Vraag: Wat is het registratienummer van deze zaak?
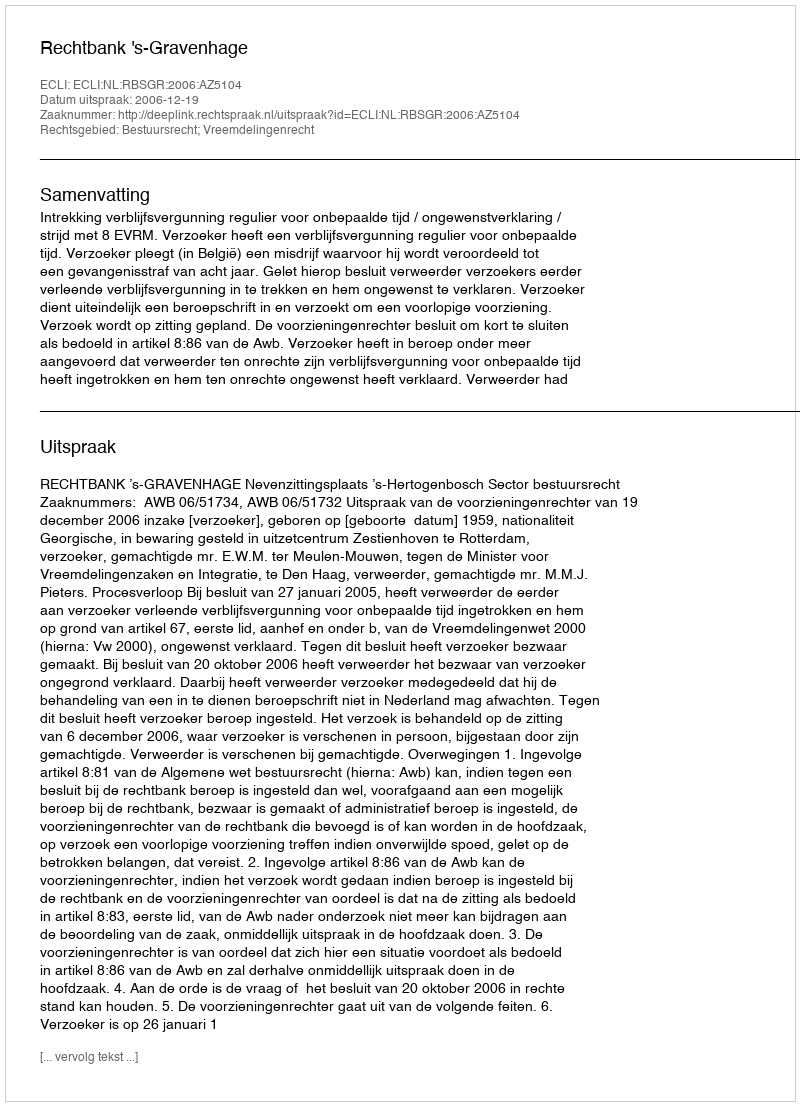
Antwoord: http://deeplink.rechtspraak.nl/uitspraak?id=ECLI:NL:RBSGR:2006:AZ5104